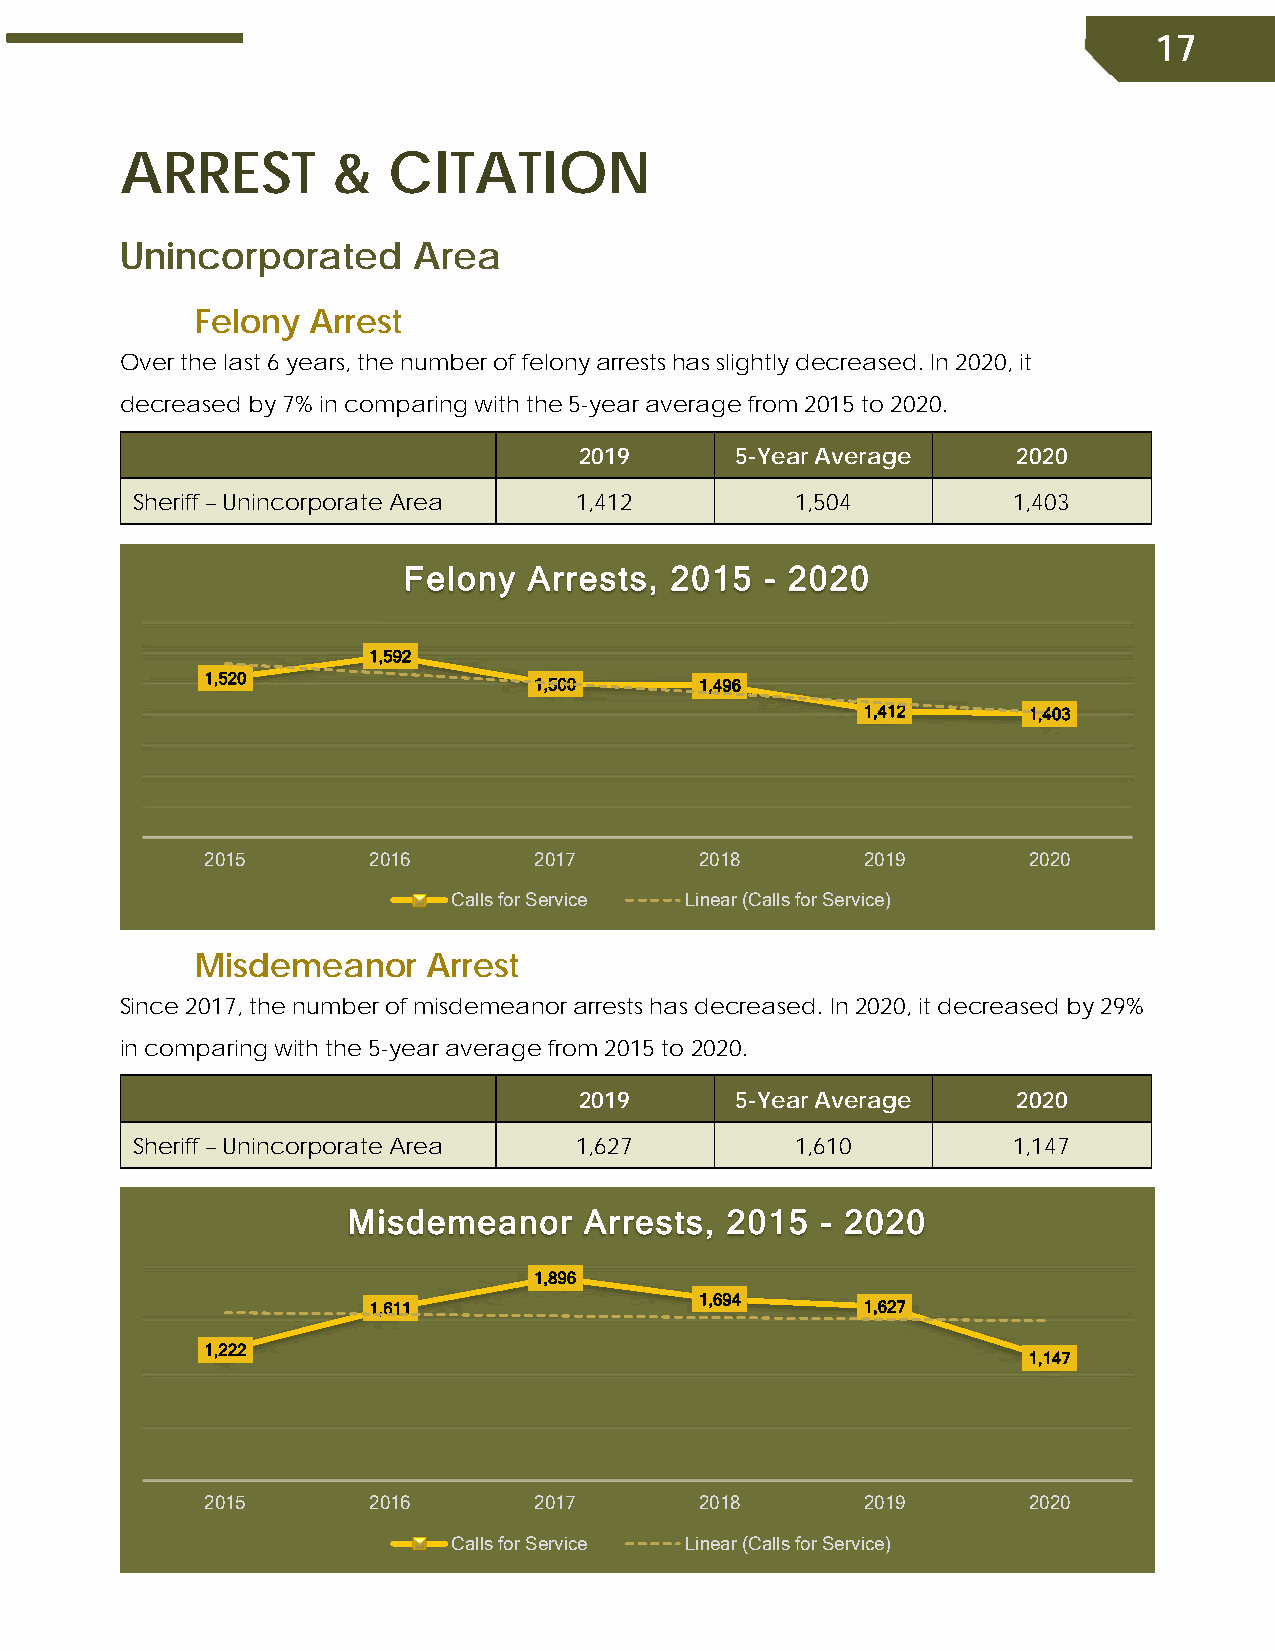
17
 ARREST        &   CITATION
 Unincorporated     Area
 Felony  Arrest
 Over the last 6 years, the number of felony arrests has slightly decreased. In 2020, it
 decreased by 7% in comparing with the 5-year average from 2015 to 2020.
 2019       5-Year Average    2020
 Sheriff – Unincorporate Area 1,412          1,504         1,403
 Felony  Arrests, 2015   - 2020
 1,592
 1,520                1,500      1,496
 1,412      1,403
 2015      2016       2017       2018       2019       2020
 Calls for Service Linear (Calls for Service)
 Misdemeanor    Arrest
 Since 2017, the number of misdemeanor arrests has decreased. In 2020, it decreased by 29%
 in comparing with the 5-year average from 2015 to 2020.
 2019       5-Year Average    2020
 Sheriff – Unincorporate Area 1,627          1,610         1,147
 Misdemeanor     Arrests, 2015  - 2020
 1,896
 1,694
 1,611                            1,627
 1,222
 1,147
 2015      2016       2017       2018       2019       2020
 Calls for Service Linear (Calls for Service)